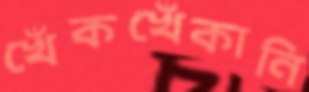
খেঁকখেঁকানি